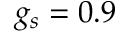
g _ { s } = 0 . 9